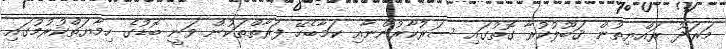
މަރަދޫ ރައްޔިތުން ޤަބޫލުކުރާ ގޮތުގައި ސަރުކާރުންނާއި ކަމާބެހޭ ފަރާތްތަކުން ވަނީ ބޮޑުގެ ހިމާޔަތްކުރުމުގައި